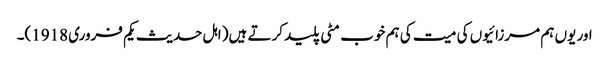
اور یوں ہم مرزائیوں کی میت کی ہم خوب مٹی پلید کرتے ہیں( اہل حدیث یکم فروری 1918)۔